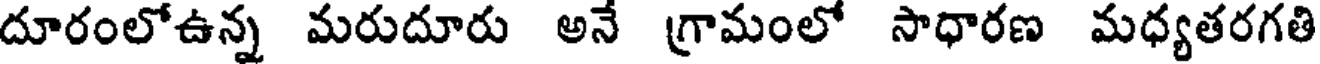
దూరంలోఉన్న మరుదూరు అన గ్రామంలో సాధారణ మధ్యతరగతి